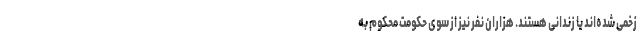
زخمی شده‌اند یا زندانی هستند. هزاران نفر نیز از سوی حکومت محکوم به